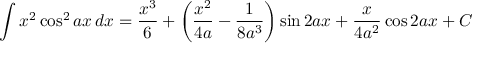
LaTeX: \int x ^ { 2 } \cos ^ { 2 } { a x } \, d x = { \frac { x ^ { 3 } } { 6 } } + \left( { \frac { x ^ { 2 } } { 4 a } } - { \frac { 1 } { 8 a ^ { 3 } } } \right) \sin 2 a x + { \frac { x } { 4 a ^ { 2 } } } \cos 2 a x + C